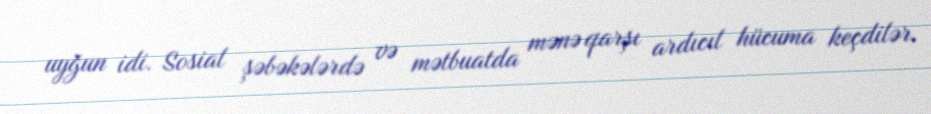
uyğun idi. Sosial şəbəkələrdə və mətbuatda mənə qarşı ardıcıl hücuma keçdilər.